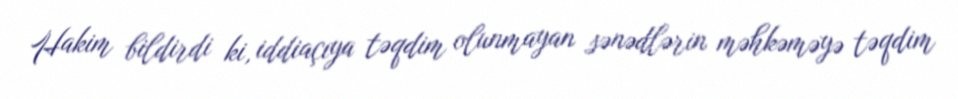
Hakim bildirdi ki, iddiaçıya təqdim olunmayan sənədlərin məhkəməyə təqdim